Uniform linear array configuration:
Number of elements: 12
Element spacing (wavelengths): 1
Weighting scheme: exponential
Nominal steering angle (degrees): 60
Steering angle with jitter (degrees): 61.298
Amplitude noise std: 0.05
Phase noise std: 0.05

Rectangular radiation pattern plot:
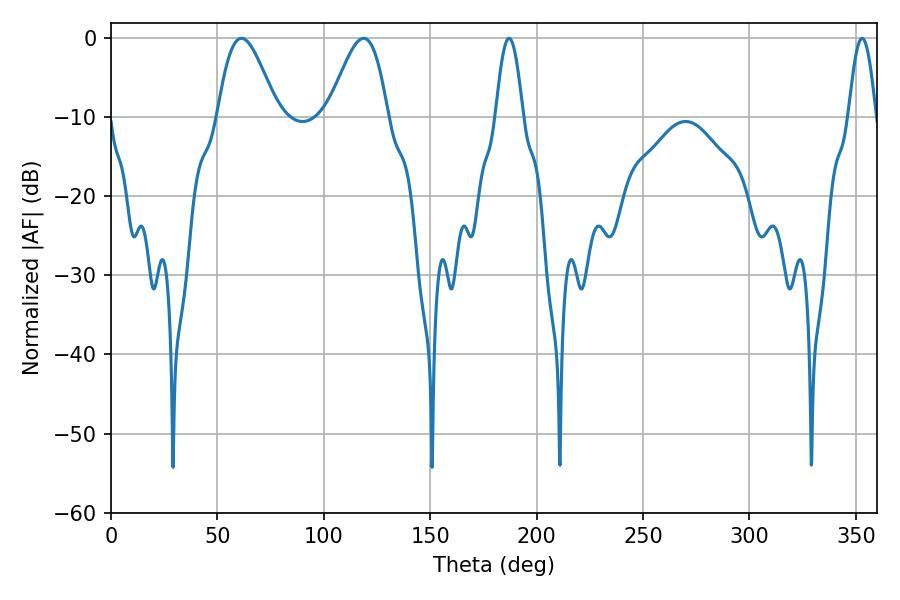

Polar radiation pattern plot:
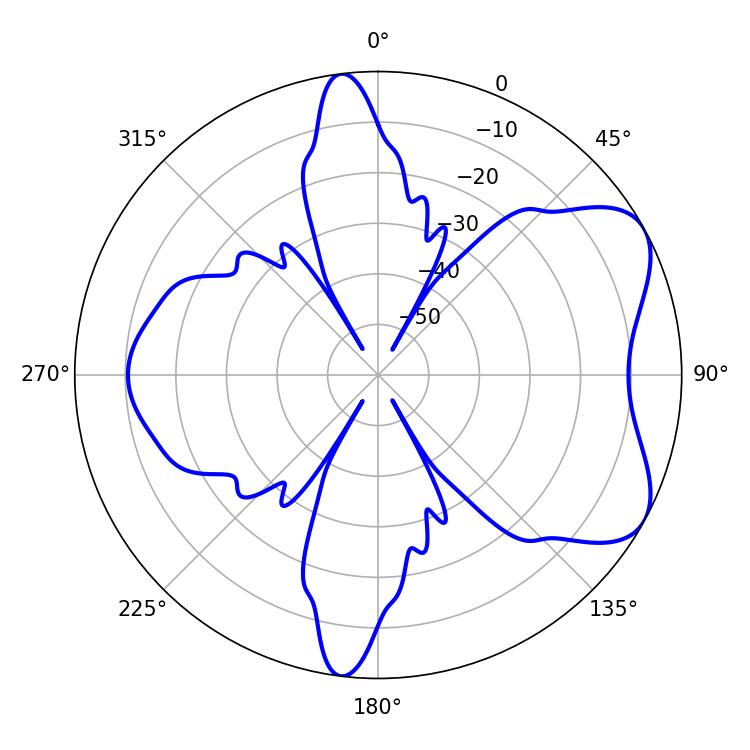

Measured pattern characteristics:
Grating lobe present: TRUE
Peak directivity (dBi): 6.321
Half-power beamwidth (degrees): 6.84
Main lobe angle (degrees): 187.02